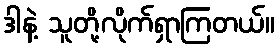
ဒါနဲ့ သူတို့လိုက်ရှာကြတယ်။